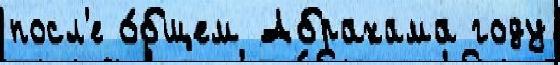
посл'е о́бщем Абрахама году